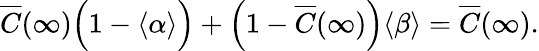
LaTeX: \overline{{C}}(\infty)\Big(1-\langle\alpha\rangle\Big)+\Big(1-\overline{{C}}(\infty)\Big)\langle\beta\rangle=\overline{{C}}(\infty).